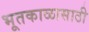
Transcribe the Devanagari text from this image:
भूतकाळासाठी